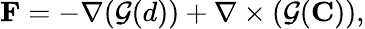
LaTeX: \mathbf{F}=-\nabla({\mathcal{G}}(d))+\nabla\times({\mathcal{G}}(\mathbf{C})),